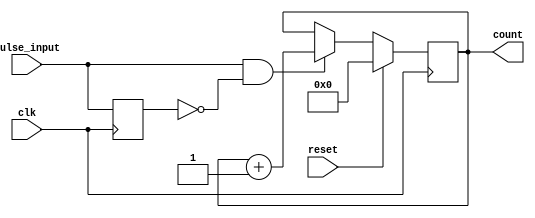
module pulse_counter (
    input wire clk,          // Clock signal
    input wire reset,        // Reset signal (active high)
    input wire pulse_input,  // Pulse input signal
    output reg [3:0] count   // 4-bit count output
);

// State declaration
reg pulse_last; // To hold the previous state of pulse_input

// Synchronous logic 
always @(posedge clk) begin
    if (reset) begin
        count <= 4'b0000; // Reset the counter to zero
    end else begin
        // Detect rising edge of pulse_input
        if (pulse_input && ~pulse_last) begin
            count <= count + 1; // Increment the counter
        end
    end
    pulse_last <= pulse_input; // Update the last pulse state
end

endmodule